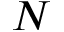
N